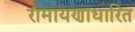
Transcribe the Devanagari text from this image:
रामायणाधारित